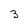
Character: 3